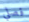
فصلي